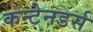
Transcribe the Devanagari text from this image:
कन्टेनडर्स